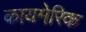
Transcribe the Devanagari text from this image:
कायमेरिक